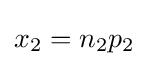
x_{2}=n_{2}p_{2}